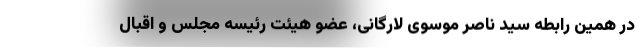
در همین رابطه سید ناصر موسوی لارگانی، عضو هیئت رئیسه مجلس و اقبال